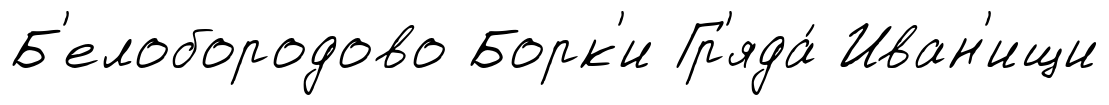
Б'елобородово Борк'и Гр'яда́ Иван'ищи